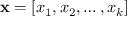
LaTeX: \mathbf { x } = \left[ x _ { 1 } , x _ { 2 } , \ldots , x _ { k } \right]